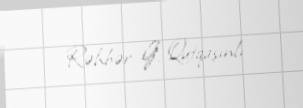
Rəhbər: G. Qutqaşınlı